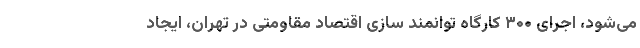
می‌شود، اجرای ۳۰۰ کارگاه توانمند سازی اقتصاد مقاومتی در تهران، ایجاد